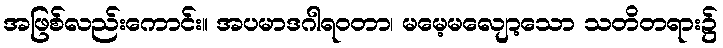
အဖြစ်လည်းကောင်း။ အပမာဒဂါရဝတာ၊ မမေ့မလျော့သော သတိတရား၌